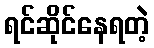
ရင်ဆိုင်နေရတဲ့